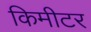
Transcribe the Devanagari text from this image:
किमीटर